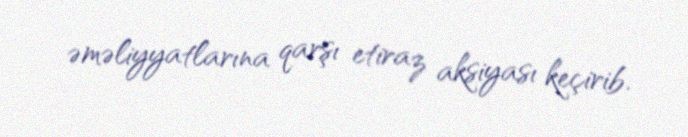
əməliyyatlarına qarşı etiraz aksiyası keçirib.